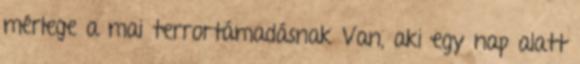
mérlege a mai terrortámadásnak Van, aki egy nap alatt